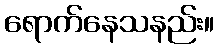
ရောက်နေသနည်း။